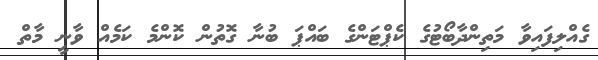
ގެއްލިފައިވާ މަތިންދާބޯޓުގެ ކެޕްޓަންގެ ބައްޕަ ބުނާ ގޮތުން ކޮންމެ ކަމެއް ވާނީ މާތް